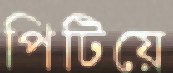
পিটিয়ে